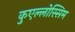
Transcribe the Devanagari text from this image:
कुएल्लोस्सिम